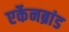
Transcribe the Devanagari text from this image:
एर्केनब्रांड